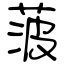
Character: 菠